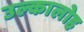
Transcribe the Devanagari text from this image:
उल्कालोह